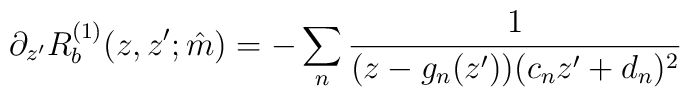
\partial_{z'}R_b^{(1)}(z,z';\hat m)=-\sum_n\frac{1}{(z-g_n(z'))(c_nz'+d_n)^2}